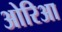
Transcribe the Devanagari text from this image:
ओरिआ